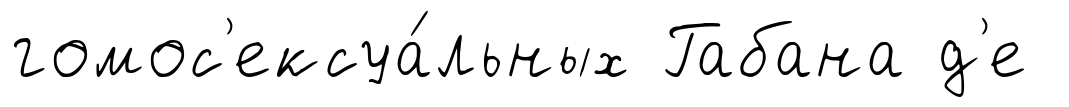
гомос'ексуа́льных Габана д'е